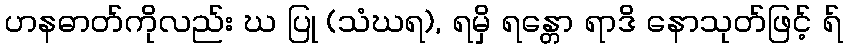
ဟနဓာတ်ကိုလည်း ဃ ပြု (သံဃရ), ရမှိ ရန္တော ရာဒိ နောသုတ်ဖြင့် ရ်